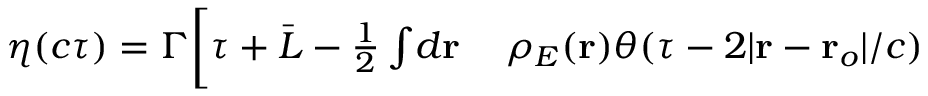
\begin{array} { r l } { \eta ( c \tau ) = \Gamma \bigg [ \tau + \bar { L } - \frac { 1 } { 2 } \int \! d \mathbf { r } \, } & { { } \rho _ { E } ( \mathbf { r } ) \theta ( \tau - 2 \vert \mathbf { r } - \mathbf { r } _ { o } \vert / c ) } \end{array}